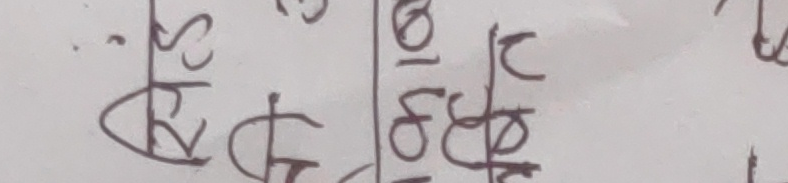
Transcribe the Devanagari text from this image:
आरटीएस
१८६
थप